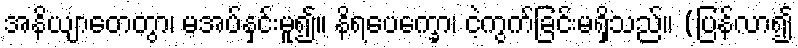
အနိယျာတေတွာ၊ မအပ်နှင်းမူ၍။ နိရပေက္ခော၊ ငဲ့ကွက်ခြင်းမရှိသည်။ (ပြန်လာ၍